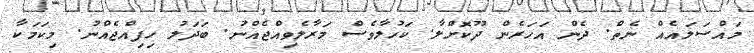
މައްސަލައެއް ނެތް. ދެން އަހަރެން ދޫކޮށްލާ. ކަހުލާވެސް މަރާލެވިއްޖެއްނު. ބަދަލު ހިފިއްޖެއްނު. މިކަމަކާ